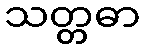
သတ္တဓာ